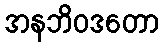
အနဘိဝဒတော